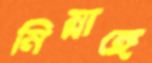
নিম্নাঙ্গে